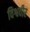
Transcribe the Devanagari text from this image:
विश्ववीर